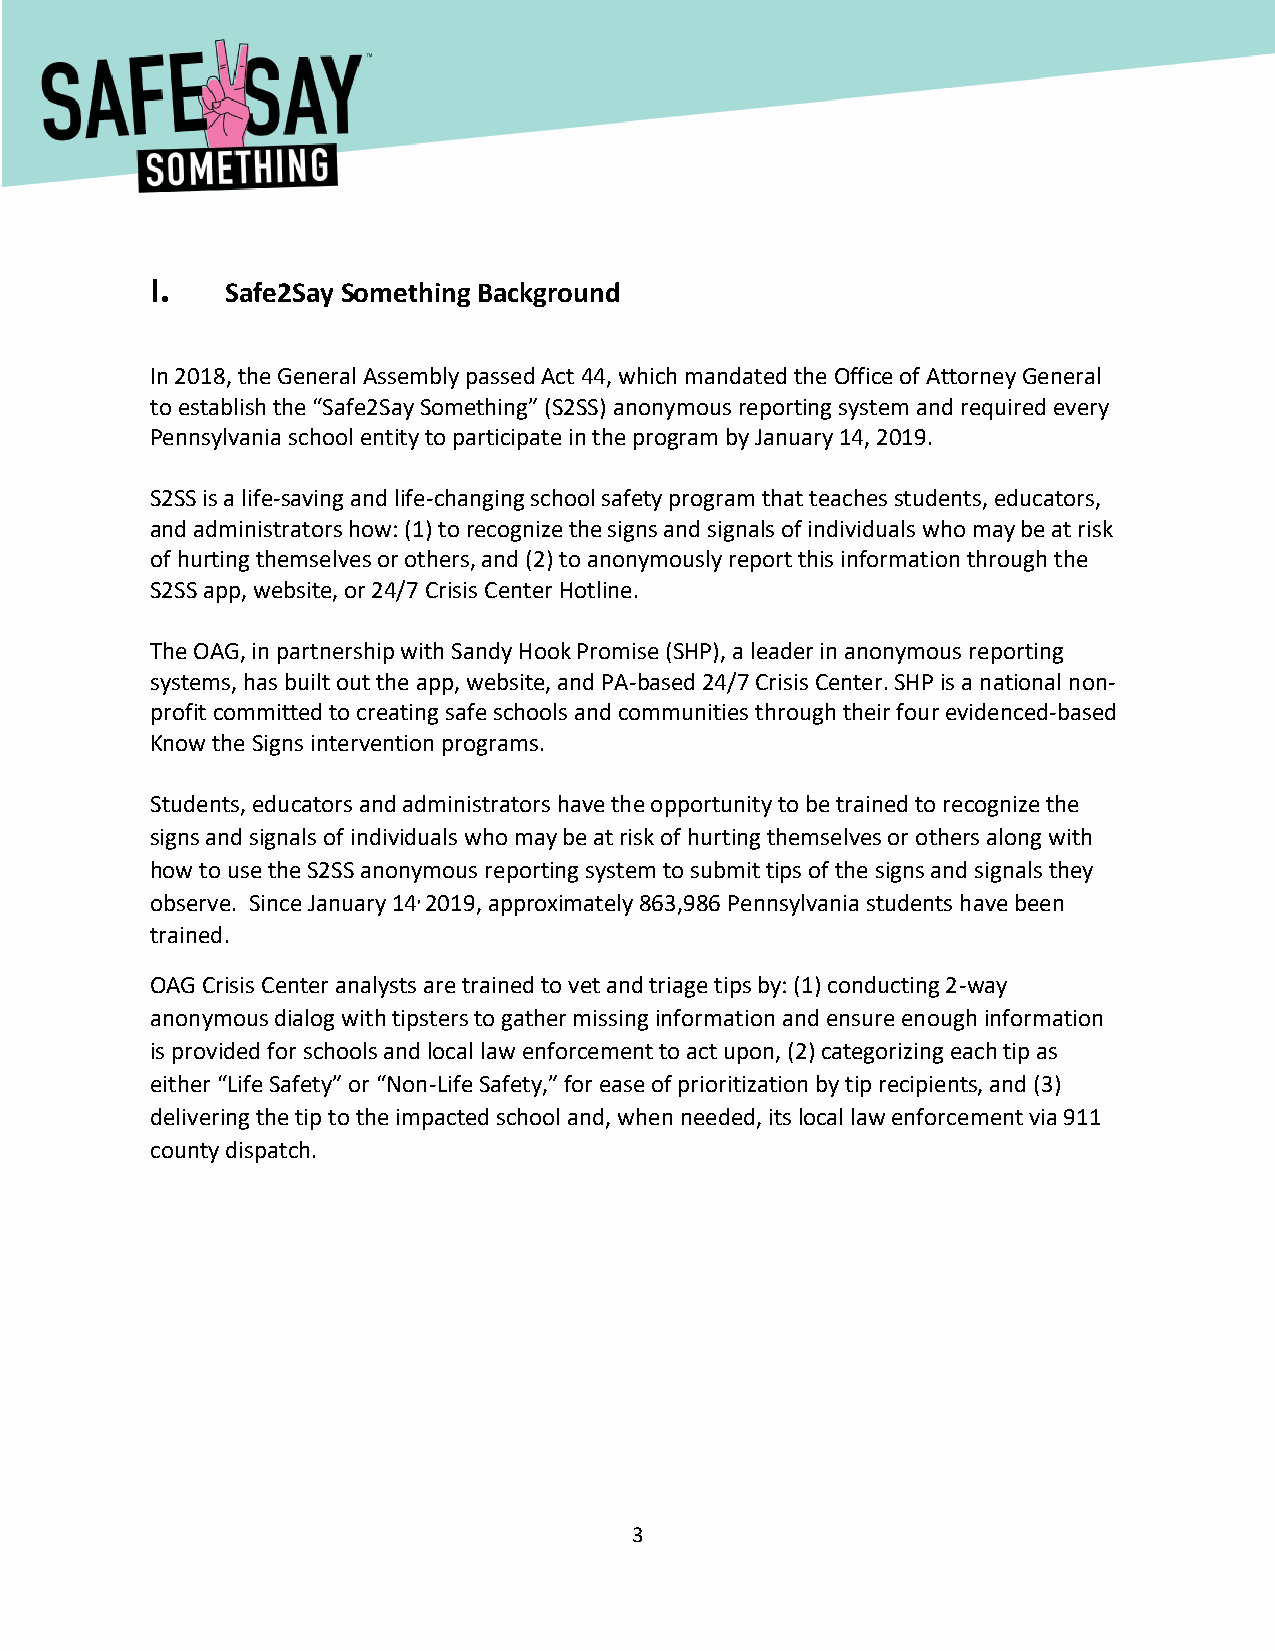
[Type here]
 I.   Safe2Say Something Background
 In 2018, the General Assembly passed Act 44, which mandated the Office of Attorney General
 to establish the “Safe2Say Something” (S2SS) anonymous reporting system and required every
 Pennsylvania school entity to participate in the program by January 14, 2019.
 S2SS is a life-saving and life-changing school safety program that teaches students, educators,
 and administrators how: (1) to recognize the signs and signals of individuals who may be at risk
 of hurting themselves or others, and (2) to anonymously report this information through the
 S2SS app, website, or 24/7 Crisis Center Hotline.
 The OAG, in partnership with Sandy Hook Promise (SHP), a leader in anonymous reporting
 systems, has built out the app, website, and PA-based 24/7 Crisis Center. SHP is a national non-
 profit committed to creating safe schools and communities through their four evidenced-based
 Know the Signs intervention programs.
 Students, educators and administrators have the opportunity to be trained to recognize the
 signs and signals of individuals who may be at risk of hurting themselves or others along with
 how to use the S2SS anonymous reporting system to submit tips of the signs and signals they
 observe. Since January 14, 2019, approximately 863,986 Pennsylvania students have been
 trained.
 OAG Crisis Center analysts are trained to vet and triage tips by: (1) conducting 2-way
 anonymous dialog with tipsters to gather missing information and ensure enough information
 is provided for schools and local law enforcement to act upon, (2) categorizing each tip as
 either “Life Safety” or “Non-Life Safety,” for ease of prioritization by tip recipients, and (3)
 delivering the tip to the impacted school and, when needed, its local law enforcement via 911
 county dispatch.
 3